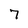
Character: 7